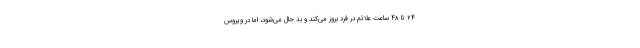
۲۴ تا ۴۸ ساعت علائم در فرد بروز می‌کند و بد حال می‌شود، اما در ویروس